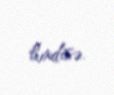
hadisə.